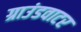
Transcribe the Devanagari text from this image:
ग्राउंडवाटर